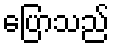
ပြောသည်